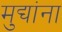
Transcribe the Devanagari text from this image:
मुद्यांना